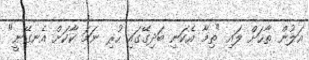
އަލުން ތާހަށް ލައި "ތިމާ އެކަނި ބަދިގޭގައި ހުރި ނަމަ ކާކަށް އެނގޭނީ"